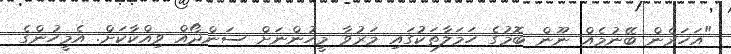
"އަހަރެން ބޭނުމެއް ނޫން ބޮމުގެ ހަމަލާތަކުގައި މަރުވާ މީހުންނަށް ސަންދޯއް ވިއްކާކަށް. އެމީހުންގެ